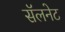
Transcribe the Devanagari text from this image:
सॅलनेट